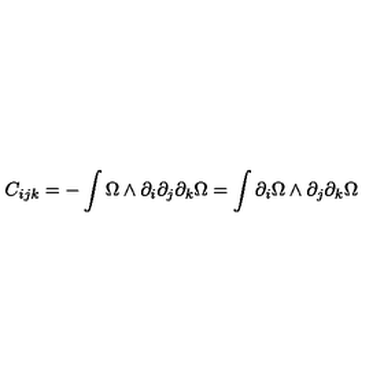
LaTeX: C _ { i j k } = - \int \Omega \wedge \partial _ { i } \partial _ { j } \partial _ { k } \Omega = \int \partial _ { i } \Omega \wedge \partial _ { j } \partial _ { k } \Omega